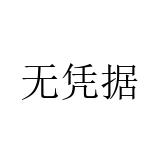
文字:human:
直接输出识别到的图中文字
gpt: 无凭据